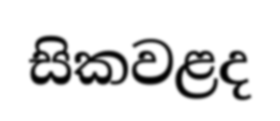
සිකවළද